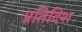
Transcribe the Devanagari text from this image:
प्रतिदिश